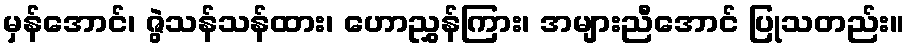
မှန်အောင်၊ ဇွဲသန်သန်ထား၊ ဟောညွှန်ကြား၊ အများညီအောင် ပြုသတည်း။